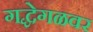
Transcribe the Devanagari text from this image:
गद्धेगळवर